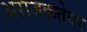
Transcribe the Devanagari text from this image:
अराजकतेवर